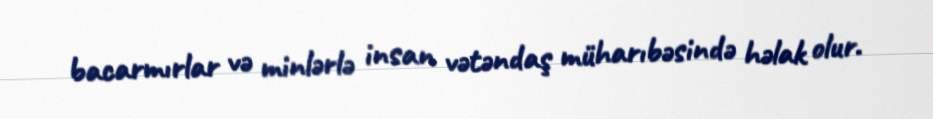
bacarmırlar və minlərlə insan vətəndaş müharıbəsində həlak olur.